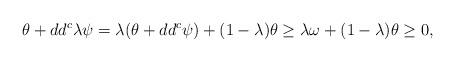
LaTeX: \begin{align*}\theta + dd^c \lambda \psi = \lambda (\theta+dd^c \psi) + (1-\lambda)\theta \geq \lambda\omega+(1-\lambda)\theta\geq 0,\end{align*}